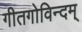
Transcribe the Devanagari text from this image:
गीतगोविन्दम्